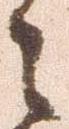
々